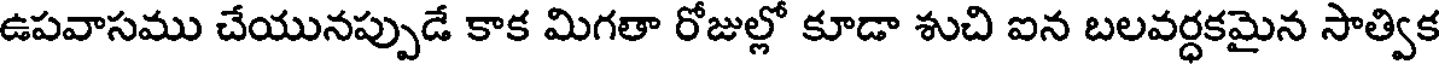
ఉపవాసము చేయునప్పుడే కాక మిగతా రోజుల్లో కూడా శుచి ఐన బలవర్ధకమైన సాత్విక